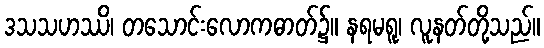
ဒသသဟဿိ၊ တသောင်းလောကဓာတ်၌။ နရမရူ၊ လူနတ်တို့သည်။